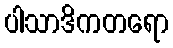
ပါသာဒိကတရော